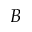
B